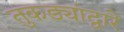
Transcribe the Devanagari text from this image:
तुकड्यांद्वारे